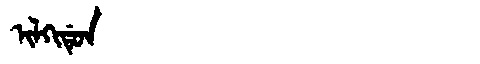
Manchu: ᡳᠯᡴᡳᡩᡠᠨ
Romanization: ILKIDUN